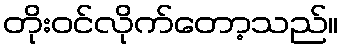
တိုးဝင်လိုက်တော့သည်။